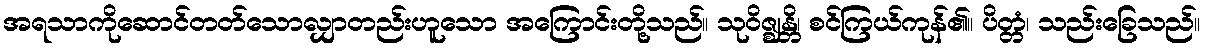
အရသာကိုဆောင်တတ်သောလျှာတည်းဟူသော အကြောင်းတို့သည်။ သုဝိဇ္ဈန္တိ၊ စင်ကြယ်ကုန်၏။ ပိတ္တံ၊ သည်းခြေသည်။